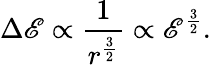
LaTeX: \Delta\mathscr{E}\propto{\frac{{1}}{{r^{\frac{{3}}{{2}}}}}}\propto\mathscr{E}^{\frac{{3}}{{2}}}.